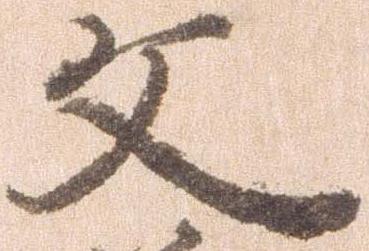
文